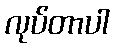
လုပ်တာပါ